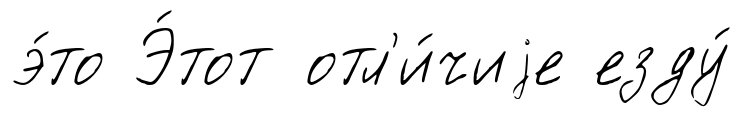
э́то Э́тот отл'и́чиjе езду́